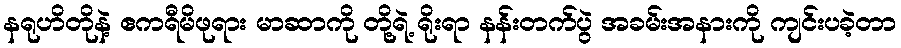
နရုဟိတိုနဲ့ ဧကရီမိဖုရား မာဆာကို တို့ရဲ့ ရိုးရာ နန်းတက်ပွဲ အခမ်းအနားကို ကျင်းပခဲ့တာ